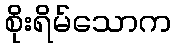
စိုးရိမ်သောက